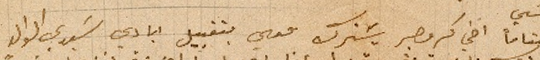
ختاماً اخي كروجر يشترك معي بتقبيل ايادي سَيدي الوالد